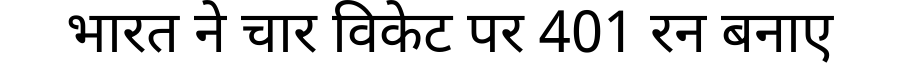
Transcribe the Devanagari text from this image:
भारत ने चार विकेट पर 401 रन बनाए